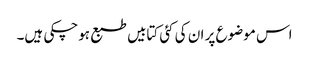
اس موضوع پر ان کی کئی کتابیں طبع ہوچکی ہیں۔